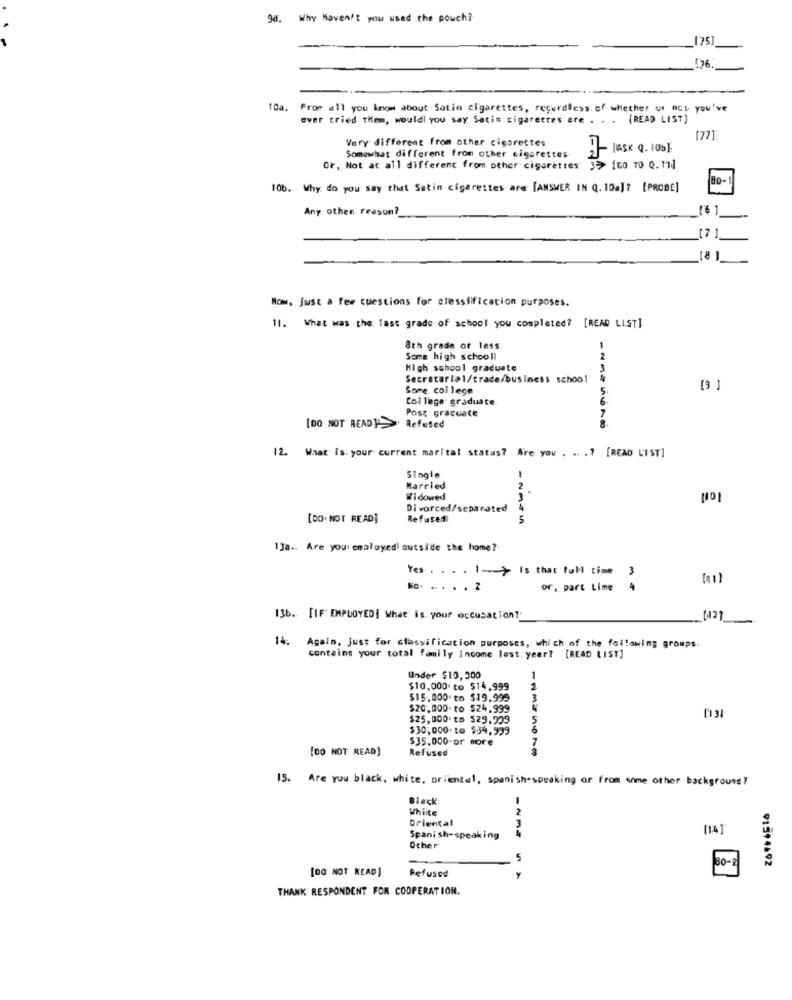
98. Why Haven't you used the pouch?
175
10a. From all you know about Satin cigarettes, regardless of whether or not you've
ever tried them, would you say Satin cigarettes are ...
[READ LIST]
Very different from other cigarettes
[77]
(ASK Q. 10b]
Somewhat different from other cigarettes
Or, Not at all different from other cigarettes 3>> [GO TO Q. Md
80-1
106. Why do you say that Satin cigarettes are [ANSWER IN Q. 10a)? [PROBE]
Any other reasun?
Now, Just a few questions for clessiification purposes.
11. What was the last grade of school you completed? [READ LIST]
8th grade or less
Some high schooll
2
High school graduate
Secretarial/trade/business school
Some, college
College graduate.
Post graduate
[DO NOT READ] > Refused
12. What is. your current marital status? Are you . .. .? [READ L'IST]
Single
Married
2
Widowed
NO
Divorced/separated
[DO NOT READ]
Refused
5
13a .. Are you' employedl outside the home ?-
Yes: . . . . ]> Is that full time
3
No. .. . . . 2
or, part Lime
136. [IF" EMPLOYED] What is your occupation!"
Again, Just for classification purposes, which of the following groups.
contains your total family Income lest. year? [READ LIST]
Under $10,300
1
$10,000 to $14,999
2
$15.000 to $19.999
3
$20,000 to $24,999
5
$25,000 to $29,999
$30,000 to $34,999
6
$35,000 or more
[DO NOT READ]
Refused
15. Are you black, white, oriental, spanish-speaking or from some other background?
Black:
-
Whiite
2
Oriental
3
[14]
Spanish-speaking
Other
80-1
[DO NOT READ]
Refused
915+4692
THANK RESPONDENT FOR COOPERATION.